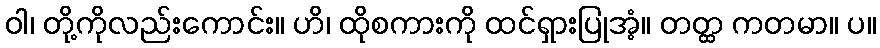
ဝါ၊ တို့ကိုလည်းကောင်း။ ဟိ၊ ထိုစကားကို ထင်ရှားပြုအံ့။ တတ္ထ ကတမာ။ ပ။